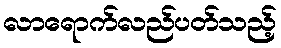
လာရောက်လည်ပတ်သည့်